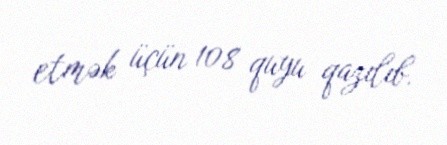
etmək üçün 108 quyu qazılıb.